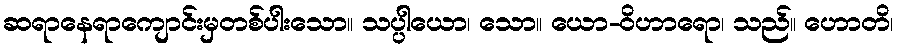
ဆရာနေရာကျောင်းမှတစ်ပါးသော။ သပ္ပါယော၊ သော။ ယော-ဝိဟာရော၊ သည်။ ဟောတိ၊